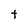
Character: t